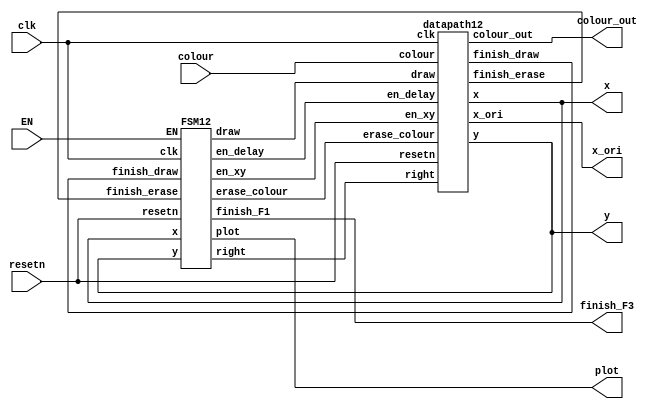
module car12(
		input [2:0] colour,
		input resetn,
		input clk,
		input EN,
		output plot,
		output finish_F3,
		output [7:0]x,
		output [6:0]y,
		output [2:0]colour_out,
		output [7:0]x_ori);
	
	
	wire draw;
	wire en_xy, en_delay, erase_colour, finish_draw, finish_erase, right;
	datapath12 D1(
			.colour(colour),
			.clk(clk),
			.resetn(resetn),
			.en_xy(en_xy), 
			.en_delay(en_delay),
			.erase_colour(erase_colour), 
			.draw(draw), 
			.right(right),
			.finish_draw(finish_draw),
			.finish_erase(finish_erase),
			.x(x),
			.y(y),
			.colour_out(colour_out),
			.x_ori(x_ori));
	FSM12 F1(
			.clk(clk), 
			.resetn(resetn),
			.finish_draw(finish_draw),
			.finish_erase(finish_erase),
			.EN(EN),
			.en_xy(en_xy), 
			.en_delay(en_delay), 
			.erase_colour(erase_colour), 
			.draw(draw), 
			.right(right),
			.finish_F1(finish_F3),
			.plot(plot),
			.x(x),
			.y(y));
		
endmodule

module datapath12(
			input [2:0]colour,
			input clk,
			input resetn,
			input en_xy, en_delay,erase_colour, draw, right,
			output finish_draw,
			output reg finish_erase,
			output reg [7:0]x,
			output reg [6:0]y,
			output reg [2:0]colour_out,
			output [7:0]x_ori);
			//colour reg
			always @(*)
			begin
				if (resetn == 1'b0)
					colour_out <= 3'b000;
				else
				begin
					if (erase_colour == 1'b1)
						colour_out <= 3'b000;
					else
						colour_out <= colour;
				end
			end
			
			//rate dividor, delay counter
			reg [19:0]q;
			always @(posedge clk)
			begin
				if (resetn == 1'b0)
					q <= 20'd0;
				else if (q == 20'd83)
					q <= 20'd0;
				else 
				begin
					if (en_delay == 1'b1)
						q <= q + 1'b1;
				end
			end
			//frame counter
			wire en_frame;
			assign en_frame = (q == 20'd83)? 1:0;
			
			reg [3:0]frame;
			always @(posedge clk)
			begin
				if (resetn == 1'b0)
					frame <= 4'b0000;
				else if (frame == 4'd5)
					frame <= 4'b0000;
				else
				begin
					if (en_frame == 1'b1)
						frame <= frame + 1'b1;
				end
			end
			
			assign finish_draw = (frame == 4'd5)? 1:0;
			//x counter
			reg [7:0]x_original;
			reg [6:0]y_original;
			assign x_ori = x_original;
			always @(posedge clk)
			begin
				if (resetn == 1'b0)begin
					x_original <= 8'd62;
					y_original <= 7'd75;
					end
				else if (en_xy == 1'b1)
				begin
					if (x_original == 8'd127)
						x_original <= 8'd26;
					else
						x_original <= x_original + 1'b1;
				end
			end
			
			//draw box
			reg [4:0]q2;
			always @(posedge clk)
			begin
				if (resetn == 1'b0)begin
					q2 <= 5'b00000;
					finish_erase <= 1'b0;
					end
				else if (finish_draw)
					q2 <= 5'b00000;
				else if (draw)
				begin
					if (q2 == 5'b11111)begin
						q2 <= 5'b00000;
						finish_erase <= 1'b1;
						end
					else begin
						q2 <= q2 + 1'b1;
						finish_erase <= 1'b0;
						end
				end
					
			end
			
			// xy coordinate
			always @(*)
			begin
				if (!resetn) begin
					x = x_original;
					y = y_original;
				end
				else if(draw)
				begin
					x = x_original + q2[2:0];
					y = y_original + q2[4:3];
				end
			end

endmodule

module FSM12(
			input clk, resetn,finish_draw,finish_erase,EN,
			output reg en_xy, en_delay, erase_colour, draw, right,finish_F1,plot,
			input [7:0]x,
			input [6:0]y);
			
			reg [2:0] current_state, next_state;

			localparam  ERASE= 3'd0,
							NEW_XY = 3'd1,
							DRAW = 3'd2,
							WAIT = 3'd3;
			always @(*)
			begin: state_table
				case (current_state)
					WAIT: next_state = EN? ERASE: WAIT;
					ERASE: next_state = finish_erase ? NEW_XY : ERASE;
					NEW_XY: next_state = DRAW;
					DRAW: next_state = finish_draw ?  WAIT: DRAW;
					default: next_state = WAIT;
				endcase
			end
			
			always @(*)
			begin: signals
				en_xy = 1'b0; 
				en_delay = 1'b0;
				erase_colour = 1'b0;
				draw = 1'b0;
				plot = 1'b0;
				finish_F1 = finish_draw;
		
				case (current_state)
					DRAW: begin
					en_delay = 1'b1;
					erase_colour = 1'b0;
					draw = 1'b1;
					plot = 1'b1;
						end
					ERASE: begin
					erase_colour = 1'b1;
					draw = 1'b1;
					plot = 1'b1;
					end
					NEW_XY :
					begin
					en_xy = 1'b1;
					end
					WAIT :
					begin
					end
				endcase
			end
			//direction
//			always @(posedge clk)
//			begin
//				if(!resetn)
//					right <= 1'b1;
//				else
//				begin
//					if (x == 8'd26)
//						right <= 1'b1;
//					if (x == 8'd133)
//						right <= 1'b0;
//				end	
//			end
	
			always@(posedge clk)
			begin: state_FFs
				if(!resetn)
					current_state <= WAIT;
				else
					current_state <= next_state;
			end // state_FFS

endmodule